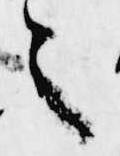
言